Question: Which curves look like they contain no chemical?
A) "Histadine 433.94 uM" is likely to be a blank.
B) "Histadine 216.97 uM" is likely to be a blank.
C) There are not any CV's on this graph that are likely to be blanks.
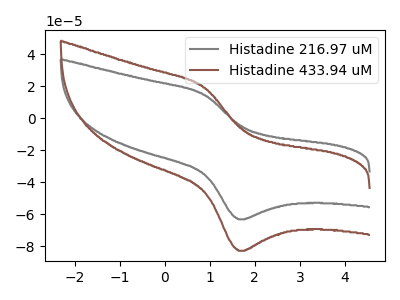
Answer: <think>The gray curve "Histadine 216.97 uM" has an anodic peak at (0.90V, 14.60uA) and a cathodic peak at (1.65V, -63.15uA). The brown curve "Histadine 433.94 uM" has an anodic peak at (0.90V, 19.10uA) and a cathodic peak at (1.65V, -82.75uA).</think>
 <answer>C) There are not any CV's on this graph that are likely to be blanks.</answer>
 <eval>C</eval>